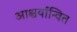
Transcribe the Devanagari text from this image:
आश्चर्यान्वित